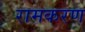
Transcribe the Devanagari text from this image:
रामकरण